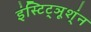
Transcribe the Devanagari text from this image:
इंस्टिट्ञूश्ंन